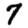
Digit: 7